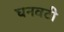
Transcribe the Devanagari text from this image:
घनवटी